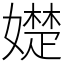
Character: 𡢟